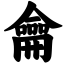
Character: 龠